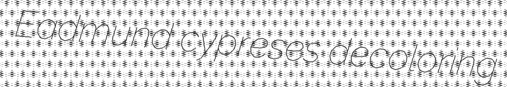
Eadmund cypreses decoloring